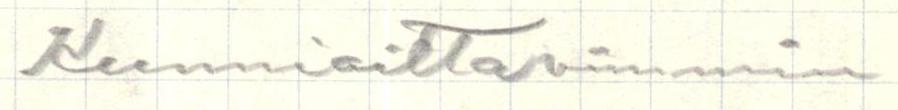
Kunnioittavimmin